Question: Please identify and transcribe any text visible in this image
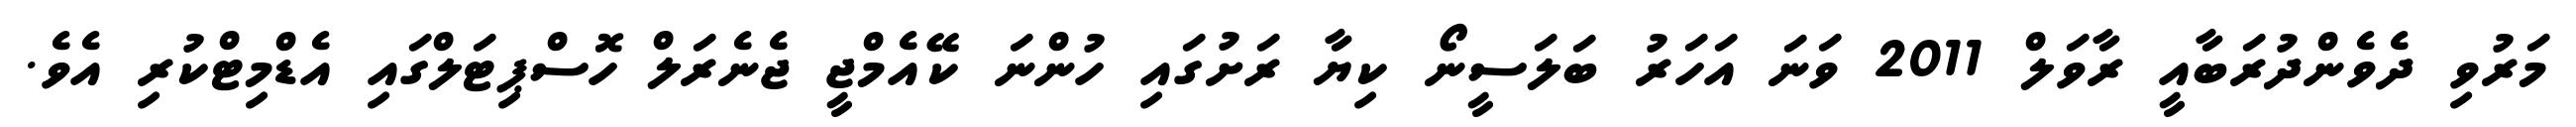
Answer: މަރުވި ދެވެންދުރަބާއީ ރާވަލް 2011 ވަނަ އަހަރު ބަލަސީނޯ ކިޔާ ރަށުގައި ހުންނަ ކޭއެމްޖީ ޖެނެރަލް ހޮސްޕިޓަލްގައި އެޑްމިޓްކުރި އެވެ.